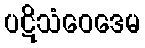
ပဋိသံဝေဒေမ